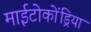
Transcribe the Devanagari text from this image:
माईटोकोंड्रिया